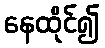
နေထိုင်၍